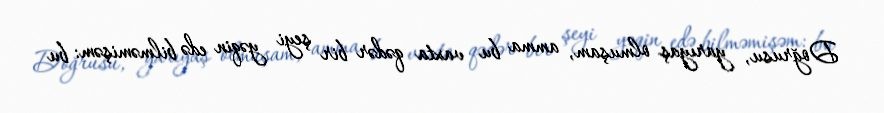
Doğrusu, yarıyaş olmuşam, amma bu vaxta qədər bir şeyi yəqin edə bilməmişəm: bu